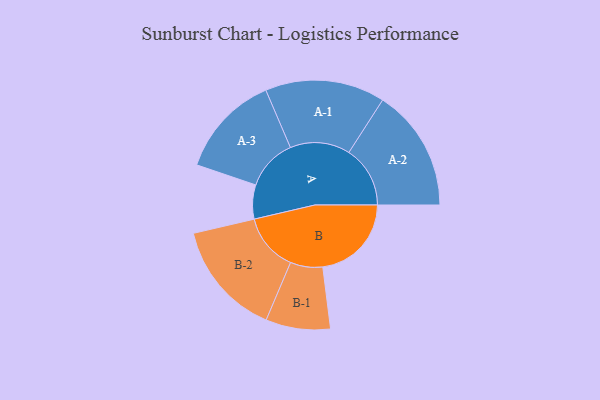
{"axis": {"x": "Segment", "y": "Value"}, "legend": ["", "A", "B"], "data": [{"x": "A", "y": 153, "type": ""}, {"x": "B", "y": 398, "type": ""}, {"x": "A-1", "y": 269, "type": "A"}, {"x": "A-2", "y": 275, "type": "A"}, {"x": "A-3", "y": 231, "type": "A"}, {"x": "B-1", "y": 145, "type": "B"}, {"x": "B-2", "y": 259, "type": "B"}]}